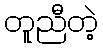
တူညီတဲ့